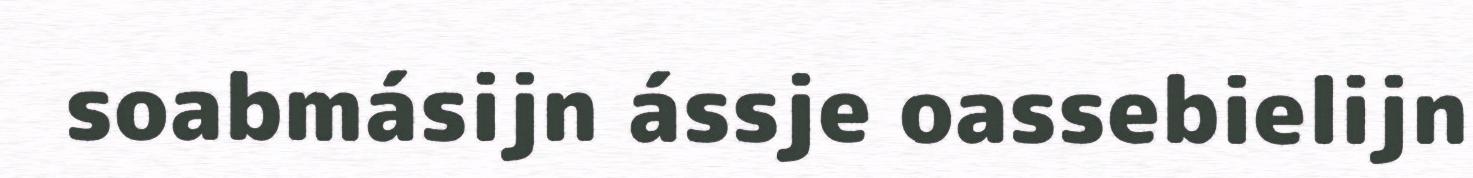
soabmásijn ássje oassebielijn